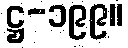
ဋ္ဌ-၁၉၉။